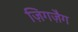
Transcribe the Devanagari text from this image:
ज़िगज़ैग